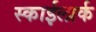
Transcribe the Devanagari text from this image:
स्काईलार्क